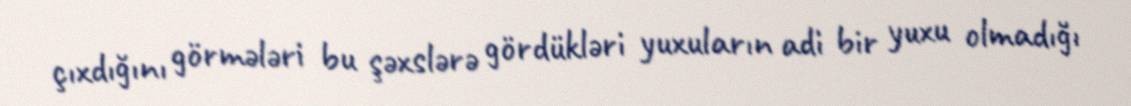
çıxdığını görmələri bu şəxslərə gördükləri yuxuların adi bir yuxu olmadığı